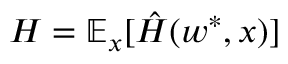
H = \mathbb { E } _ { x } [ \hat { H } ( w ^ { * } , x ) ]